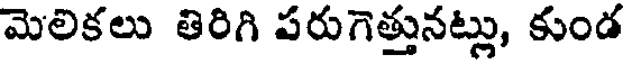
మెలికలు తిరిగి పరుగెత్తునట్లు, కుండ